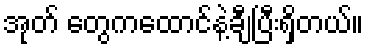
အုတ် တွေကထောင်နဲ့ချီပြီးရှိတယ်။